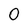
Character: 0